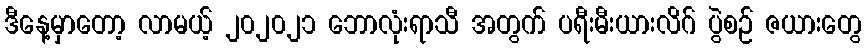
ဒီနေ့မှာတော့ လာမယ့် ၂၀၂၀၂၁ ဘောလုံးရာသီ အတွက် ပရီးမီးယားလိဂ် ပွဲစဉ် ဇယားတွေ